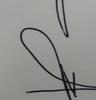
Signature authenticity: forged